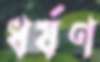
ধর্ষণ